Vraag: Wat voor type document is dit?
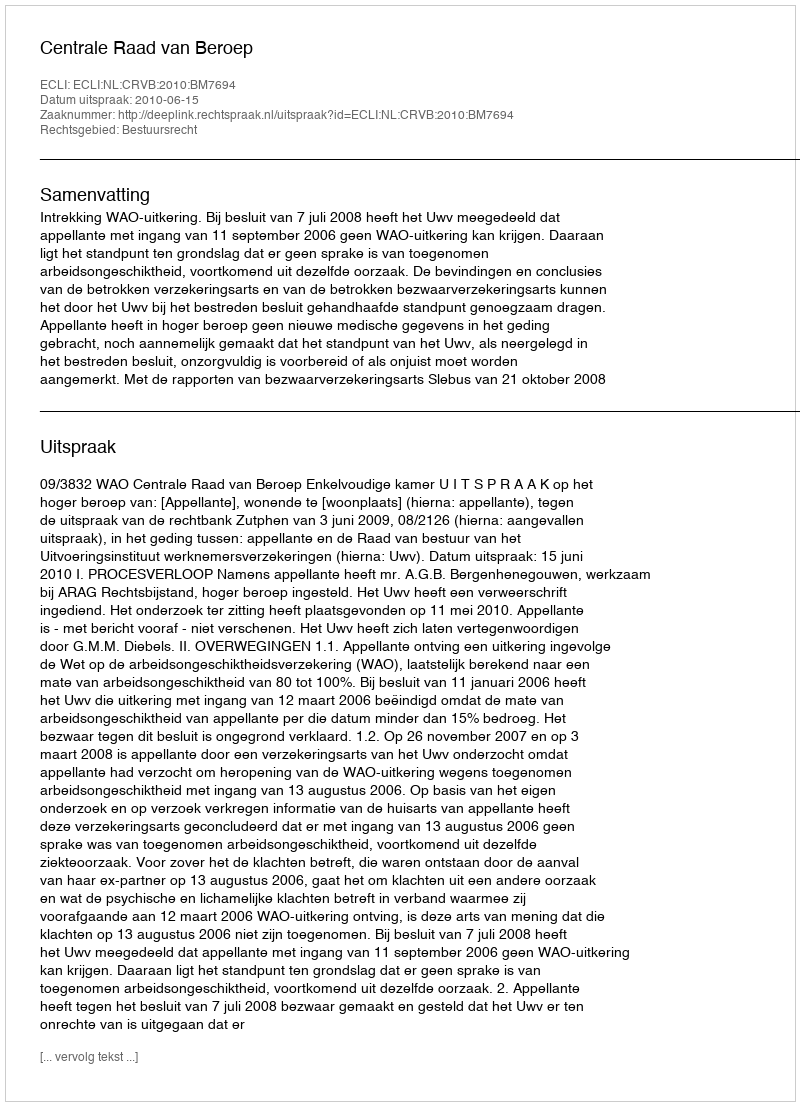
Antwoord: Uitspraak